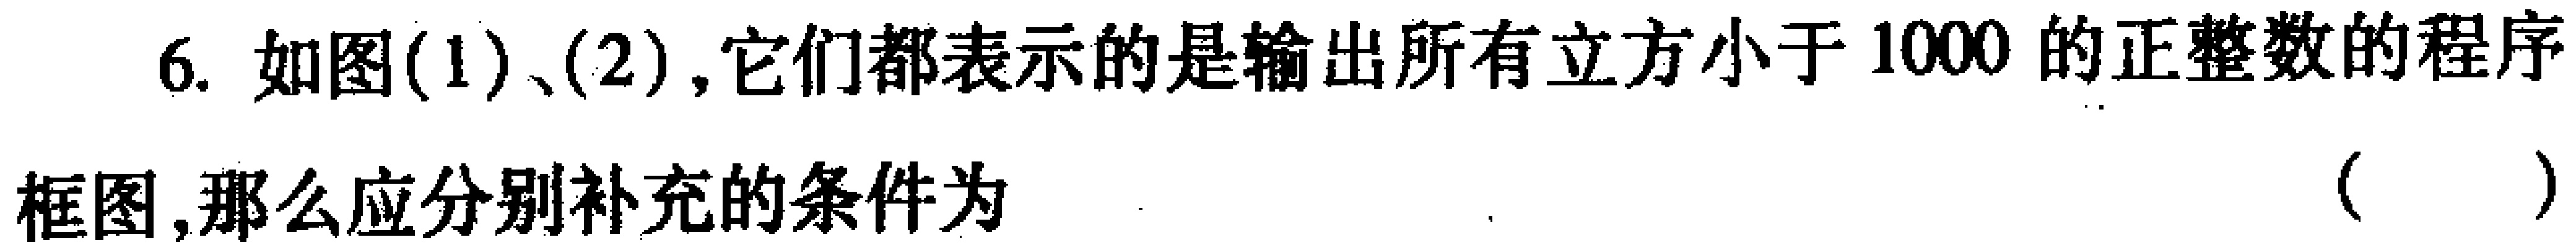
6. 如图(1)、(2),它们都表示的是输出所有立方小于1000的正整数的程序框图,那么应分别补充的条件为（  ）